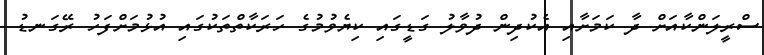
ސްރީލަންކާއަށް ދާ ކަމަށާއި އެކުދިން ދުވާލު ގަޑީގައި ކިޔެވުމުގެ ހަރަކާތްތަކުގައި އުޅުމަށްފަހު ރޭގަނޑު